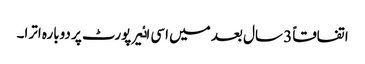
اتفاقاً 3 سال بعد میں اسی اٸیر پورٹ پر دوبارہ اترا۔